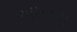
અમરના